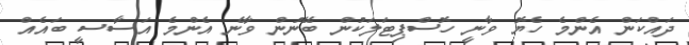
ދައްކަން އެންމެ ހެޔޮ ވާނީ ހޮސްޕިޓަލަކުން ބޭނުން ވާނެ އެންމެ އަސާސީ ބައެއް